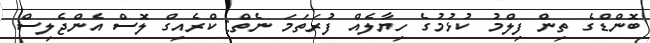
ބޮންޑްގެ ތިން ފިލްމު ކުޅުމުގެ ހިޔާލެއް ފުރަތަމަ ނެތް: ކްރެއިގް ލޮސް އެންޖެލިސް